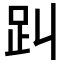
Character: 𧾻